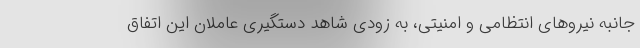
‌جانبه نیروهای انتظامی و امنیتی، به زودی شاهد دستگیری عاملان این اتفاق